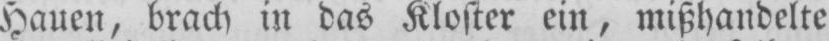
Hauen, brach in das Kloster ein, mißhandelte